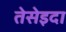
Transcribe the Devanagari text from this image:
तेसेइदा